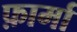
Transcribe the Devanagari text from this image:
फ़ार्मा